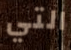
التي